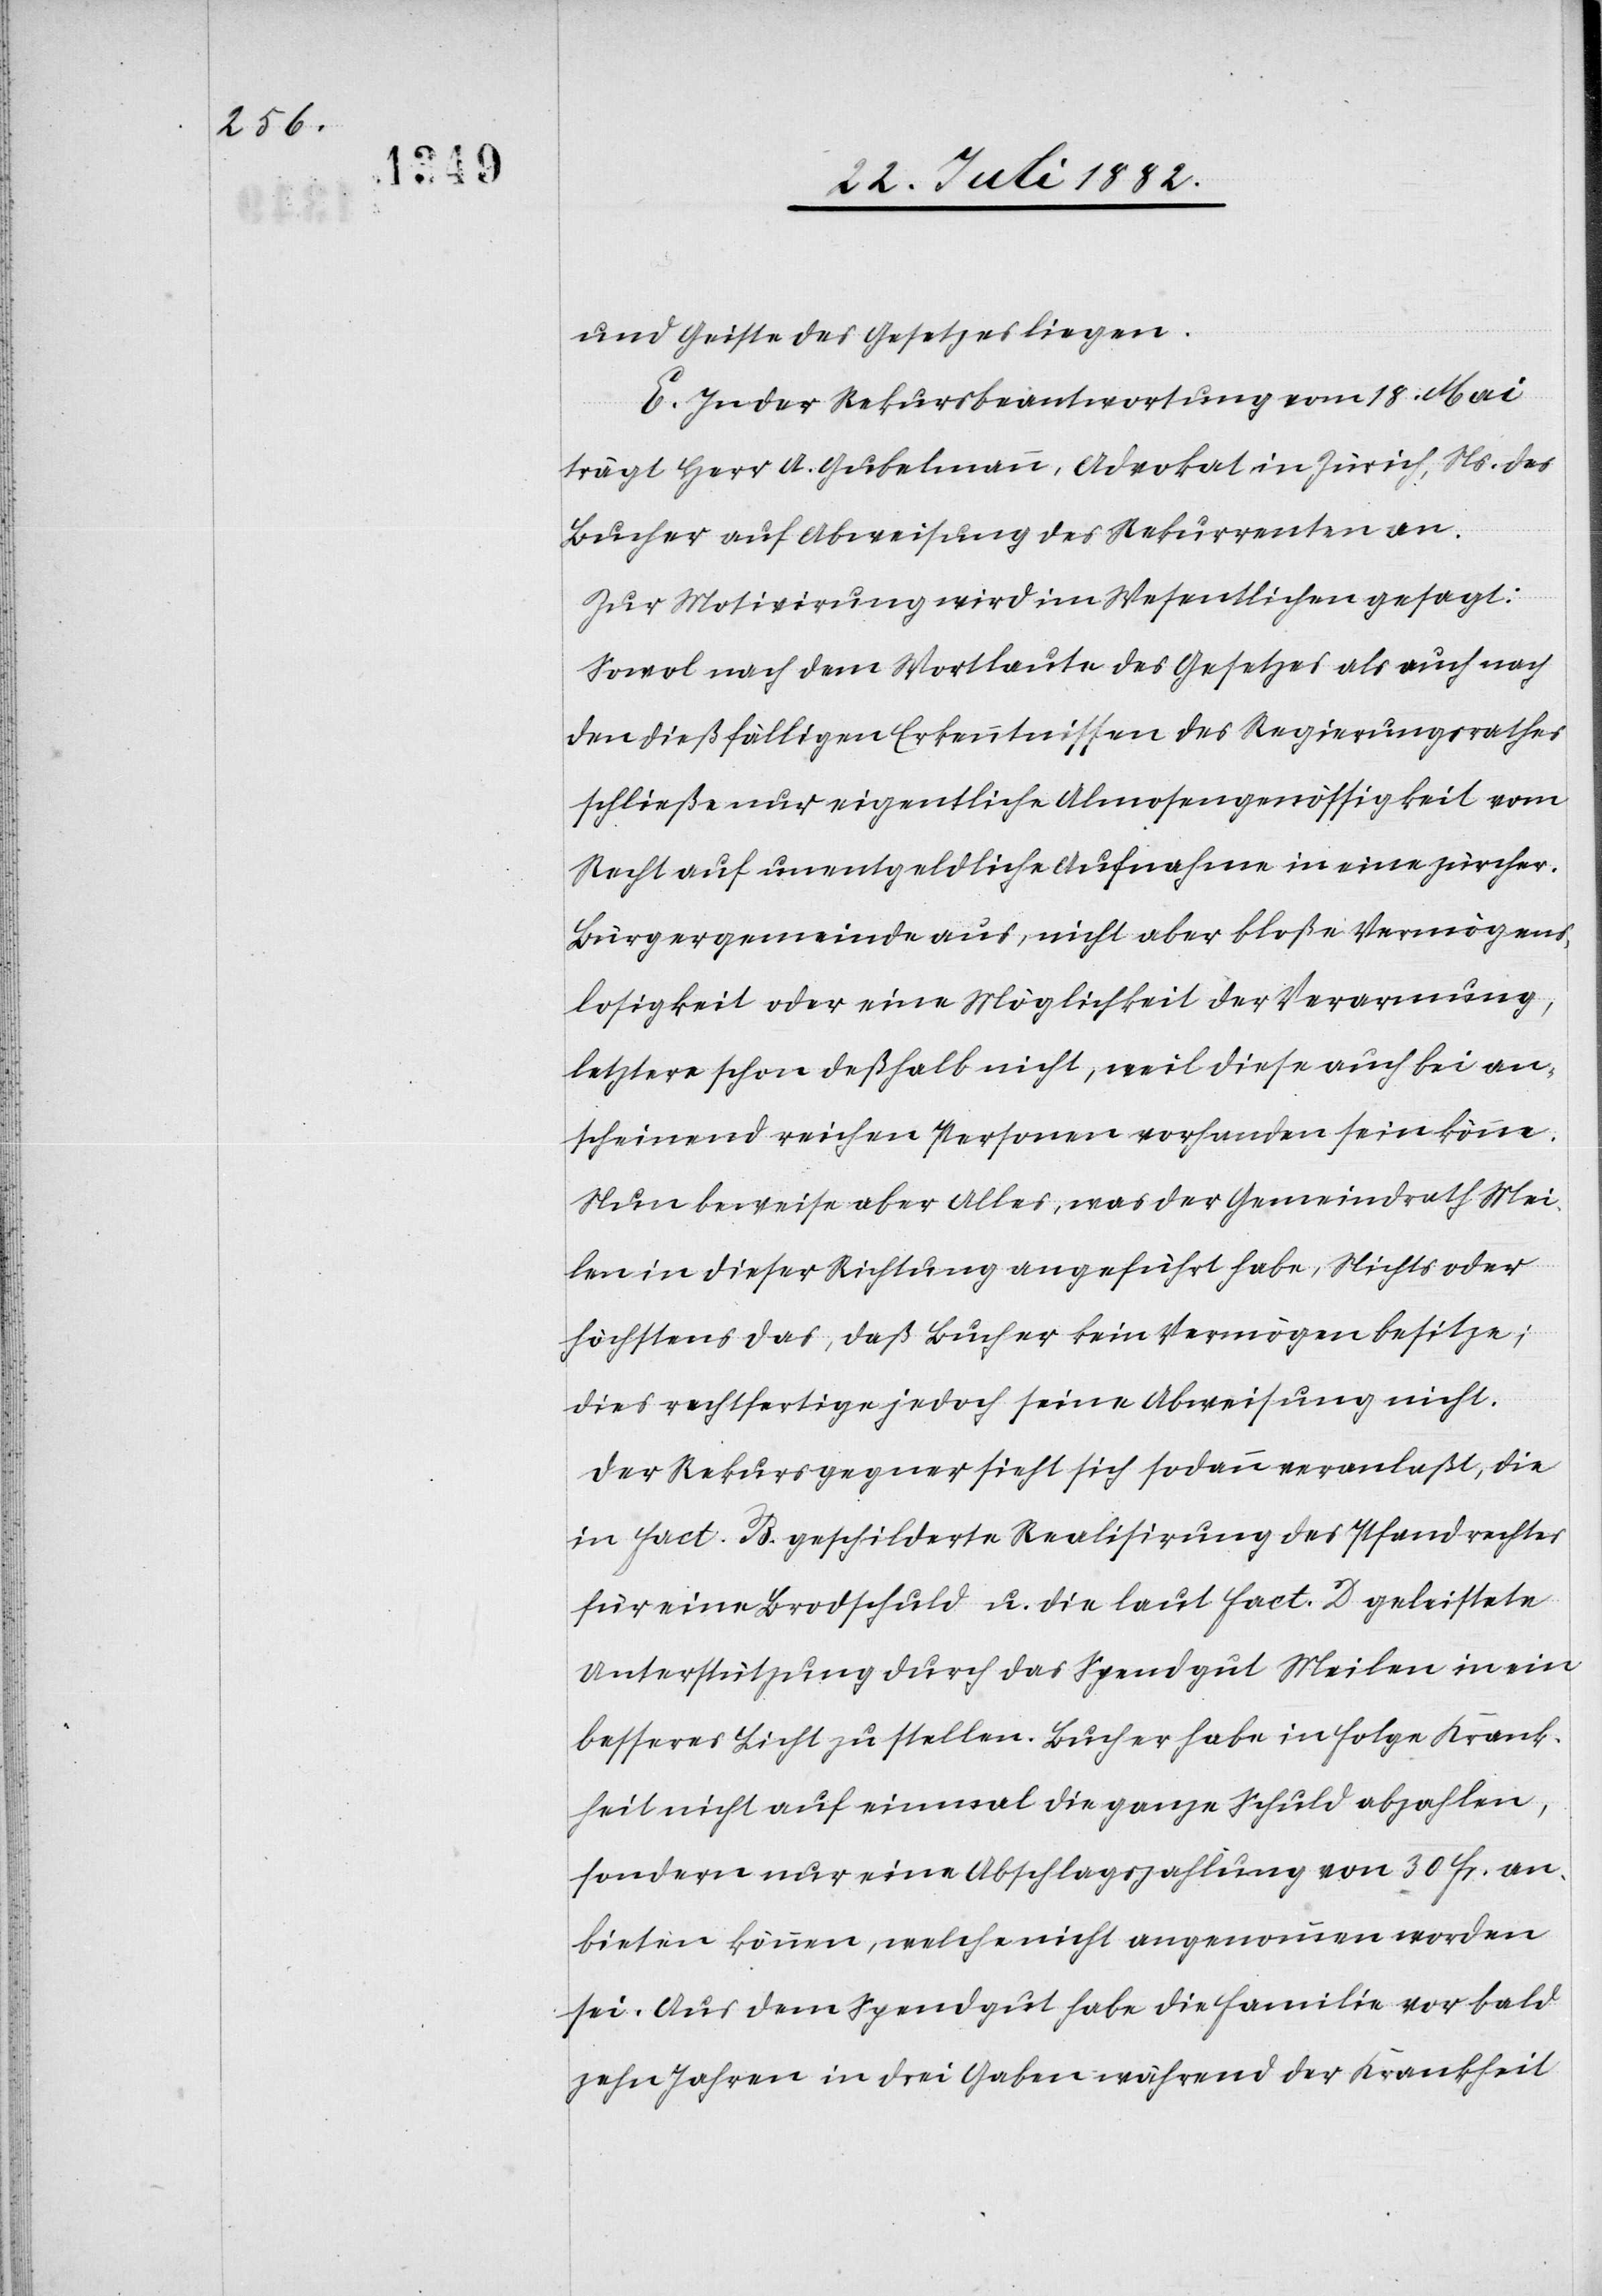
und Geiste des Gesetzes liegen.
E. In der Rekursbeantwortung vom 18. Mai
trägt Herr A. Gubelmann, Advokat in Zürich, Ns. des
Bucher auf Abweisung des Rekurrenten an.
Zur Motivirung wird im Wesentlichen gesagt:
Sowol nach dem Wortlaute des Gesetzes als auch nach
den dießfälligen Erkenntnissen des Regierungsrathes
schließe nur eigentliche Almosengenössigkeit vom
Recht auf unentgeldliche Aufnahme in eine zürcher.
Bürgergemeinde aus, nicht aber bloße Vermögens¬
losigkeit oder eine Möglichkeit der Verarmung,
letztere schon deßhalb nicht, weil diese auch bei an¬
scheinend reichen Personen vorhanden sein könne.
Nun beweise aber Alles, was der Gemeindrath Mei¬
len in dieser Richtung angeführt habe, Nichts oder
höchstens das, daß Bucher kein Vermögen besitze;
dies rechtfertige jedoch seine Abweisung nicht.
Der Rekursgegner sieht sich sodann veranlaßt, die
Fact. B geschilderte Realisirung des Pfandrechtes
für eine Brodschuld u. die laut Fact. D geleistete
Unterstützung durch das Spendgut Meilen in ein
besseres Licht zu stellen. Bucher habe in Folge Krank¬
heit nicht auf einmal die ganze Schuld abzahlen,
sondern nur eine Abschlagszahlung von 30 Fr. an¬
bieten können, welche nicht angenommen worden
sei. Aus dem Spendgut habe die Familie vor bald
zehn Jahren in drei Gaben während der Krankheit